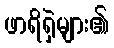
ဖာရိရှဲများ၏